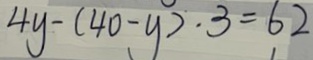
4 y - ( 4 0 - y ) \cdot 3 = 6 2